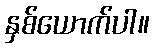
နှစ်ယောက်ပါ။